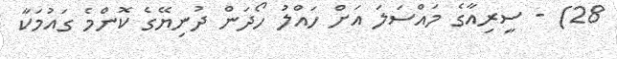
28) - ސީރިއާގެ މައްސަލަ އަށް ހައްލު ހޯދަން ދުނިޔޭގެ ކޮންމެ ގައުމަކާ